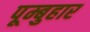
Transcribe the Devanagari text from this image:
पूम्बुहार